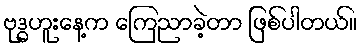
ဗုဒ္ဓဟူးနေ့က ကြေညာခဲ့တာ ဖြစ်ပါတယ်။